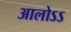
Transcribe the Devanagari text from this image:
आलोऽऽ